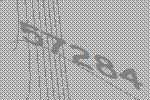
57284